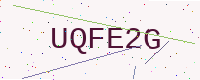
Text: UQFE2G